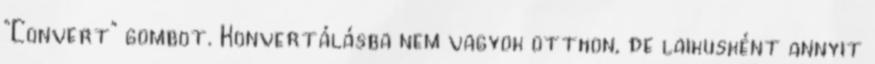
“Convert” gombot. Konvertálásba nem vagyok otthon, de laikusként annyit